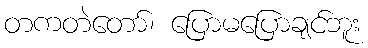
တကတဲတော်၊ ပြောမပြောချင်ဘူး